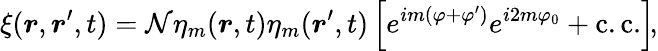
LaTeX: \xi(\boldsymbol{r},\boldsymbol{r}^{\prime},t)=\mathcal{N}\eta_{m}(\boldsymbol{r},t)\eta_{m}(\boldsymbol{r}^{\prime},t)\left[e^{im(\varphi+\varphi^{\prime})}e^{i2m\varphi_{0}}+\mathrm{c.c.}\right]\! ,